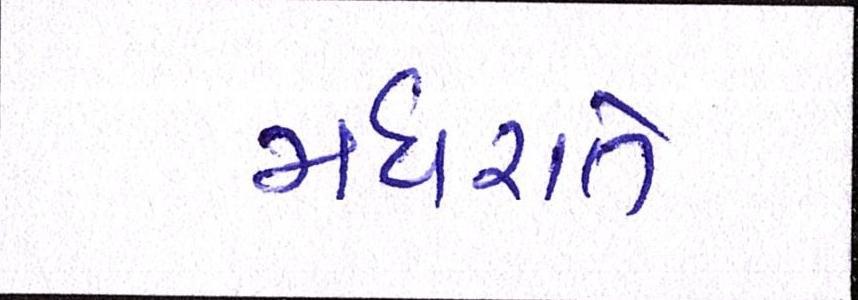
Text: મધરાતે